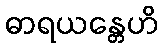
ဓာရယန္တေဟိ